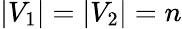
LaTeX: |V_{1}|=|V_{2}|=n